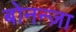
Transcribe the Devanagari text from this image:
बोनन्ज़ा